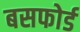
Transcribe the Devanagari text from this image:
बसफोर्ड